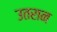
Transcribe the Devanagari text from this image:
उतरान